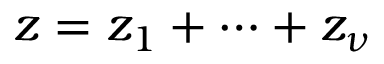
z = z _ { 1 } + \dots + z _ { \nu }